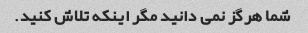
شما هرگز نمی دانید مگر اینکه تلاش کنید.